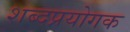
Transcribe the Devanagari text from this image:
शब्दप्रयोगक